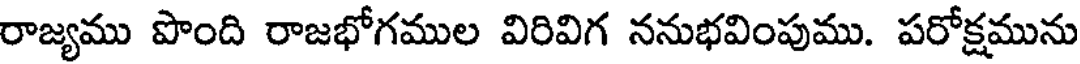
రాజ్యము పొంది రాజభోగముల విరివిగ ననుభవింపుము. పరోక్షమును